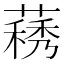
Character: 𦽧